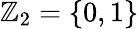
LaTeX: {\mathbb Z}_{2}=\{ 0,1\}